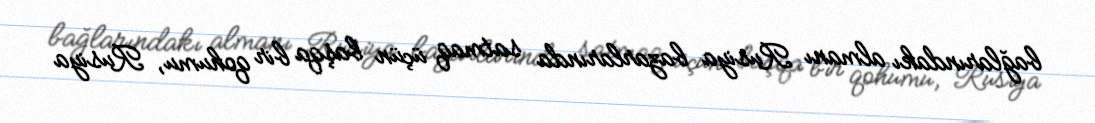
bağlarındakı almanı Rusiya bazarlarında satmaq üçün başqa bir qohumu, Rusiya